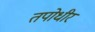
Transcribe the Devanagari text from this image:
तपोधीर